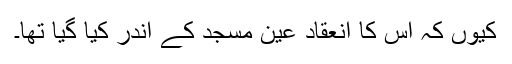
کیوں کہ اس کا انعقاد عین مسجد کے اندر کیا گیا تھا۔